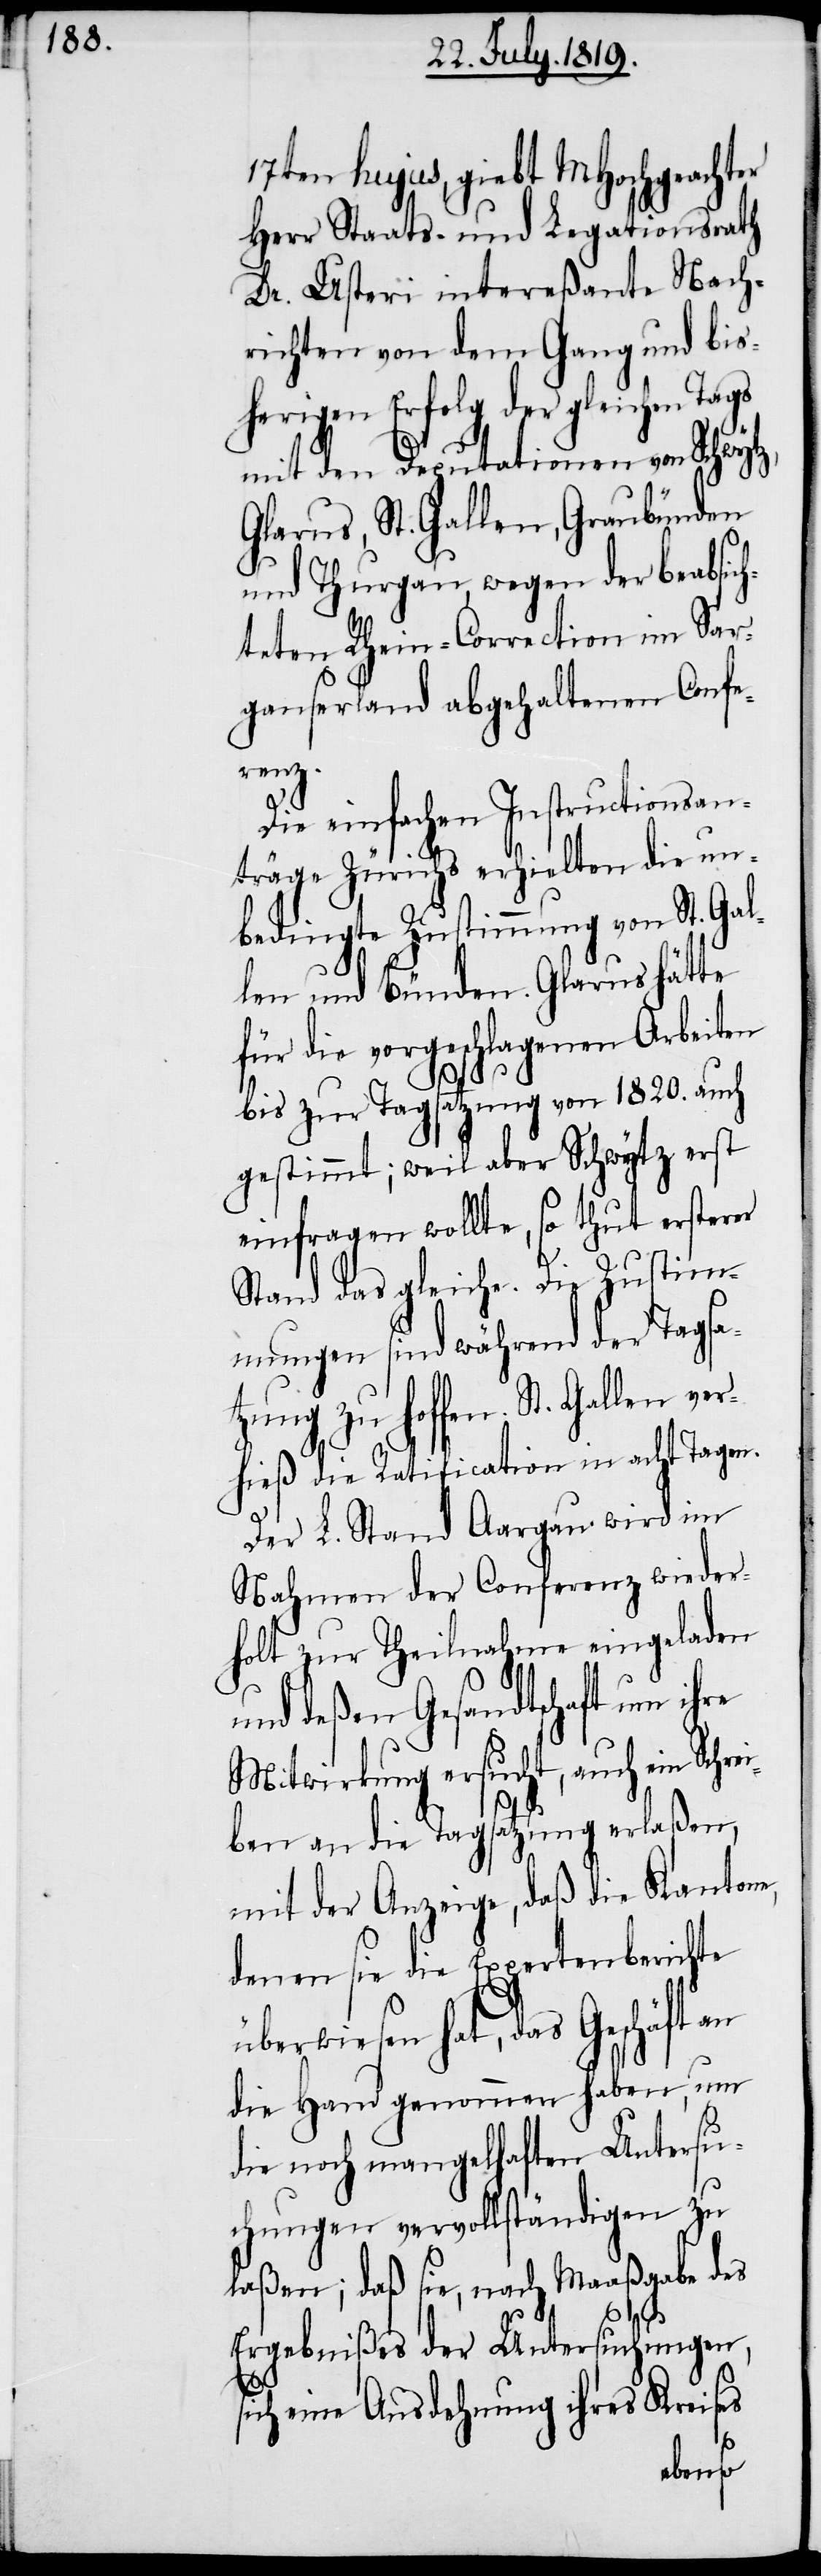
17ten hujus, giebt MHochgeachter
Herr Staats- und Legtationsrath
Dr. Usteri intereßante Nach¬
richten von dem Gang und bis¬
herigen Erfolg der gleichen Tags
mit den Deputationen von Schwytz,
Glarus, St. Gallen, Graubünden
und Thurgau, wegen der beabsich¬
teten Rhein-Correction im Sar¬
ganserland abgehaltenen Confe¬
renz.
Die einfachen Instructionsan¬
träge Zürichs erhielten die un¬
bedingte Zustimmung von St. Gal¬
len und Bünden. Glarus hätte
für die vorgeschlagenen Arbeiten
bis zur Tagsatzung von 1820. auch
gestimmt; weil aber Schwytz erst
einfragen wollte, so thut ersterer
Stand das gleiche. Die Zustim¬
mungen sind während der Tagsat¬
zung zu hoffen. St. Gallen
hieß die Ratification in acht Tagen.
Der L. Stand Aargau wird im
Nahmen der Conferenz wieder¬
holt zur Theilnahme eingeladen
ü¬
und deßen Gesandtschaft um ihre
Mitwirkung ersucht, auch ein Schre¬
iben an die Tagsatzung erlaßen,
mit der Anzeige, daß die Kantone,
denen sie die Expertenberichte
berwiesen hat, das Geschäft
die Hand genommen haben, um
die noch mangelhaften Untersu¬
chungen vervollständigen zu
laßen; daß sie, nach Maaßgabe des
ver¬
Ergebnißes der Untersuchungen,
sich eine Ausdehnung ihres Kreises